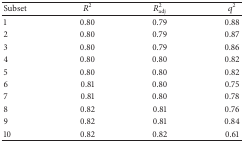
| Subset | R2 | Radj2 | q2 |
 | --- | --- | --- | --- |
 | 1 | 0.80 | 0.79 | 0.88 |
 | 2 | 0.80 | 0.79 | 0.87 |
 | 3 | 0.80 | 0.79 | 0.86 |
 | 4 | 0.80 | 0.80 | 0.82 |
 | 5 | 0.80 | 0.80 | 0.82 |
 | 6 | 0.81 | 0.80 | 0.75 |
 | 7 | 0.81 | 0.80 | 0.78 |
 | 8 | 0.82 | 0.81 | 0.76 |
 | 9 | 0.82 | 0.81 | 0.84 |
 | 10 | 0.82 | 0.82 | 0.61 |